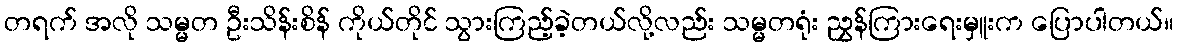
တရက် အလို သမ္မတ ဦးသိန်းစိန် ကိုယ်တိုင် သွားကြည့်ခဲ့တယ်လို့လည်း သမ္မတရုံး ညွှန်ကြားရေးမှူးက ပြောပါတယ်။